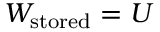
W _ { \mathrm { s t o r e d } } = U